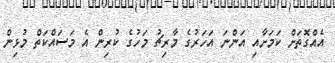
އެއްގޮތަށް ކަމަށާއި އަންނަ އަހަރުގެ މާރިޗު މަހުގެ ކުރިން އެ މަސައްކަތް މުޅިން